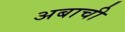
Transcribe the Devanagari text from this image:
अबाची